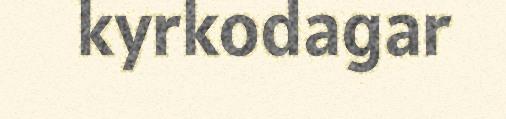
kyrkodagar